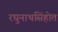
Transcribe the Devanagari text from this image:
रघुनाथसिंहोत